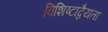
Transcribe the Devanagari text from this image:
विशिष्टाद्वैयता